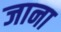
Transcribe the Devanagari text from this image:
जाना